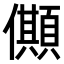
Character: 𠐾